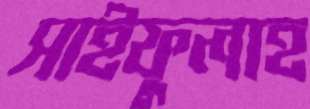
সাইফুলাহ